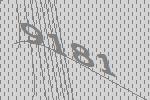
9181